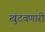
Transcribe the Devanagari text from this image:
खुंटवणारी